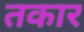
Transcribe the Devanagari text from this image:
तकार